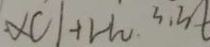
\times C l + H _ { 2 } 3 . 3 t